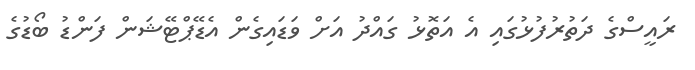
ރައީސްގެ ދަތުރުފުޅުގައި އެ އަތޮޅު ގައްދު އަށް ވަޑައިގެން އެޑޭޕްޓޭޝަން ފަންޑު ބޯޑުގެ